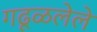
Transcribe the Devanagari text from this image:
गढूळलेले